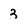
Character: 3